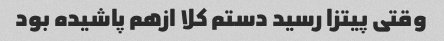
وقتی پیتزا رسید دستم کلا ازهم پاشیده بود